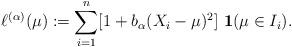
LaTeX: \begin{align*}\ell^{(\alpha)}(\mu):=\sum\limits_{i=1}^n [1 +b_\alpha(X_i -\mu)^2]~ {\bf 1}(\mu\in I_i).\end{align*}